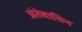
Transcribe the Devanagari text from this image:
अंतेबासिन